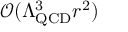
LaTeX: { \mathcal { O } } ( \Lambda _ { \mathrm { Q C D } } ^ { 3 } r ^ { 2 } )